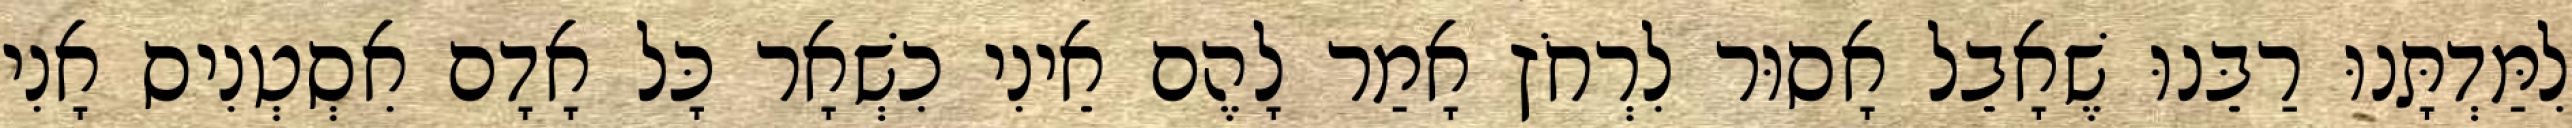
לִמַּדְתָּנוּ רַבֵּנוּ שֶׁאָבֵל אָסוּר לִרְחֹץ אָמַר לָהֶם אֵינִי כִשְׁאָר כָּל אָדָם אִסְטְנִיס אָנִי